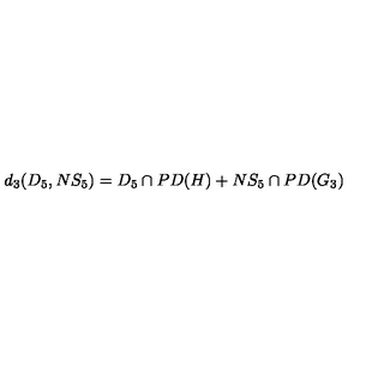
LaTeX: d _ { 3 } ( D _ { 5 } , N S _ { 5 } ) = D _ { 5 } \cap P D ( H ) + N S _ { 5 } \cap P D ( G _ { 3 } )